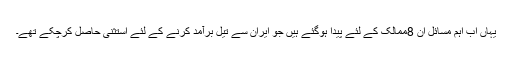
یہاں اب اہم مسائل ان 8ممالک کے لئے پیدا ہوگئے ہیں جو ایران سے تیل برآمد کرنے کے لئے استثنیٰ حاصل کرچکے تھے۔